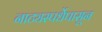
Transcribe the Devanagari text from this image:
नाट्यस्पर्धेपासून